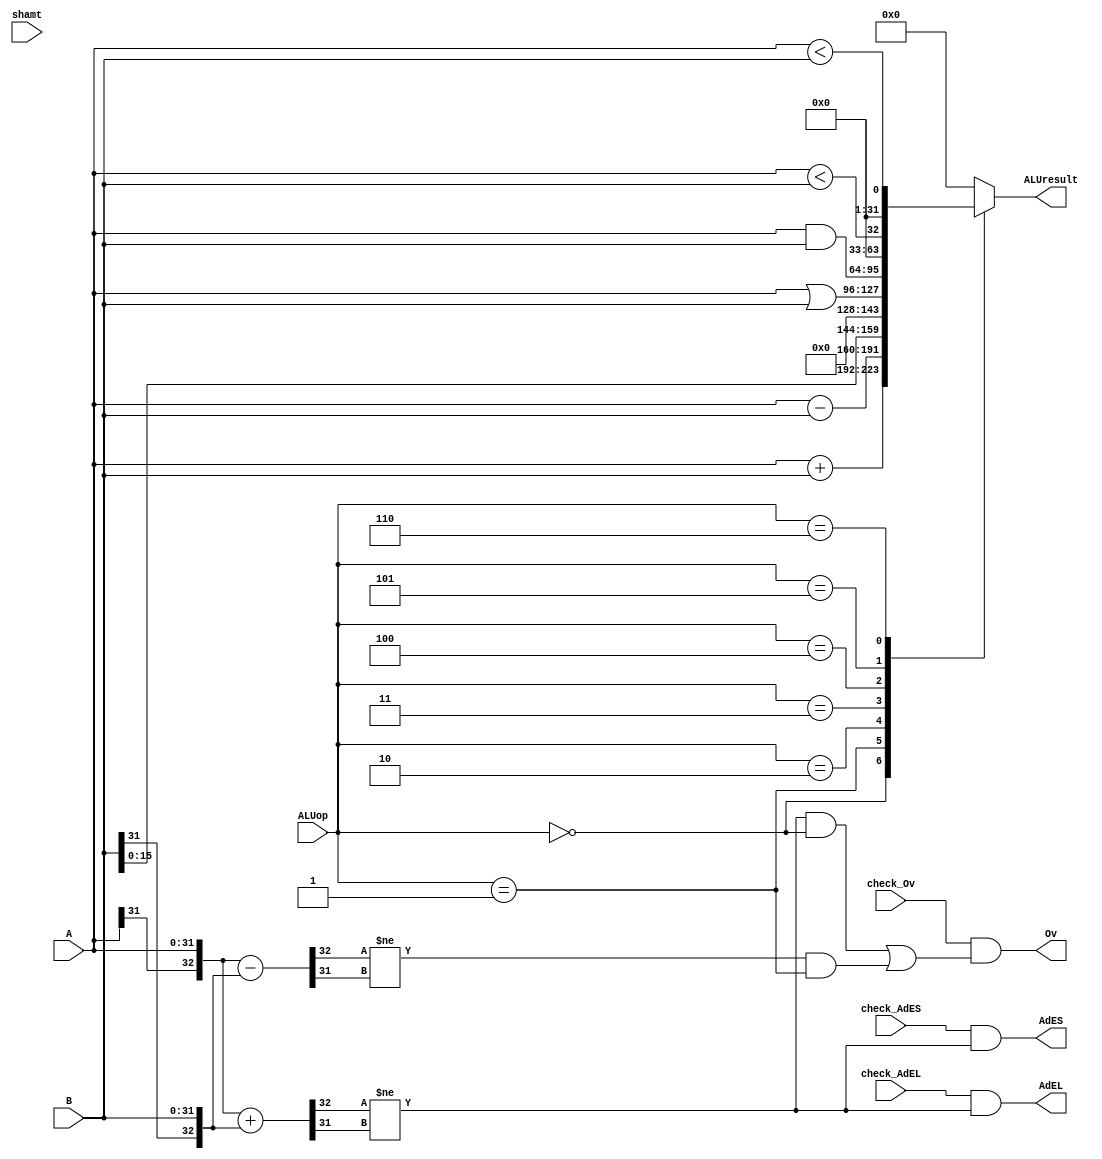
module E_ALU (
    input [31:0] A,                 // 1
    input [31:0] B,                 // 2
    input [4:0] shamt,              // shamt
    input [3:0] ALUop,              // ALU
    output reg [31:0] ALUresult,    // ALU

    input check_Ov,                 // add,addi,sub
    input check_AdEL,               // load
    input check_AdES,               // store
    output Ov,                      // EOv
    output AdEL,                    // EAdEL
    output AdES                     // EAdES 
);
    always @(*) begin
        case(ALUop)
            0: ALUresult = A + B;
            1: ALUresult = A - B;
            2: ALUresult = B << 16;
            3: ALUresult = A | B;
            4: ALUresult = A & B;
            5: ALUresult = $unsigned($signed(A) < $signed(B));
            6: ALUresult = (A < B);
            default: ALUresult = 0;
        endcase
    end

    wire [32:0] Aext = {A[31], A};
    wire [32:0] Bext = {B[31], B};
    wire [32:0] add = Aext + Bext;
    wire [32:0] sub = Aext - Bext;
    wire add_Ov = (add[32] != add[31]);
    wire sub_Ov = (sub[32] != sub[31]);

    assign Ov = (check_Ov && ((add_Ov && ALUop == 0) || (sub_Ov && ALUop == 1)));  //add,sub,addi
    assign AdEL = (check_AdEL && add_Ov);          //load
    assign AdES = (check_AdES && add_Ov);          //store

endmodule